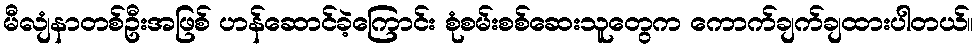
မီလျံနာတစ်ဦးအဖြစ် ဟန်ဆောင်ခဲ့ကြောင်း စုံစမ်းစစ်ဆေးသူတွေက ကောက်ချက်ချထားပါတယ်။